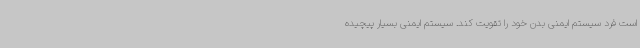
است فرد سیستم ایمنی بدن خود را تقویت کند. سیستم ایمنی بسیار پیچیده